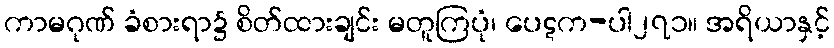
ကာမဂုဏ် ခံစားရာ၌ စိတ်ထားချင်း မတူကြပုံ၊ ပေဋက-ပါ၂၇၁။ အရိယာနှင့်